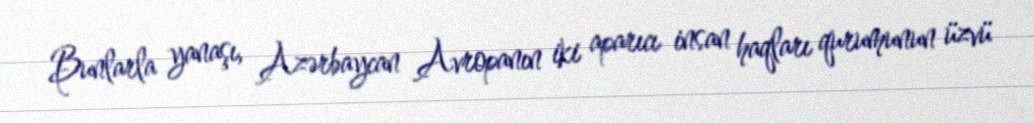
Bunlarla yanaşı, Azərbaycan Avropanın iki aparıcı insan haqları qurumunun üzvü